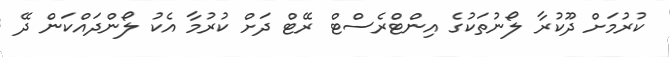
ކުރުމަށް ދޫކުރާ ލޯނުތަކުގެ އިންޓްރެސްޓް ރޭޓް ދަށް ކުރުމާ އެކު ލޯންދައްކަން ދޭ